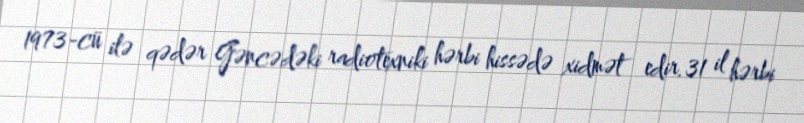
1973-cü ilə qədər Gəncədəki radiotexniki hərbi hissədə xidmət edir.31 il hərbi